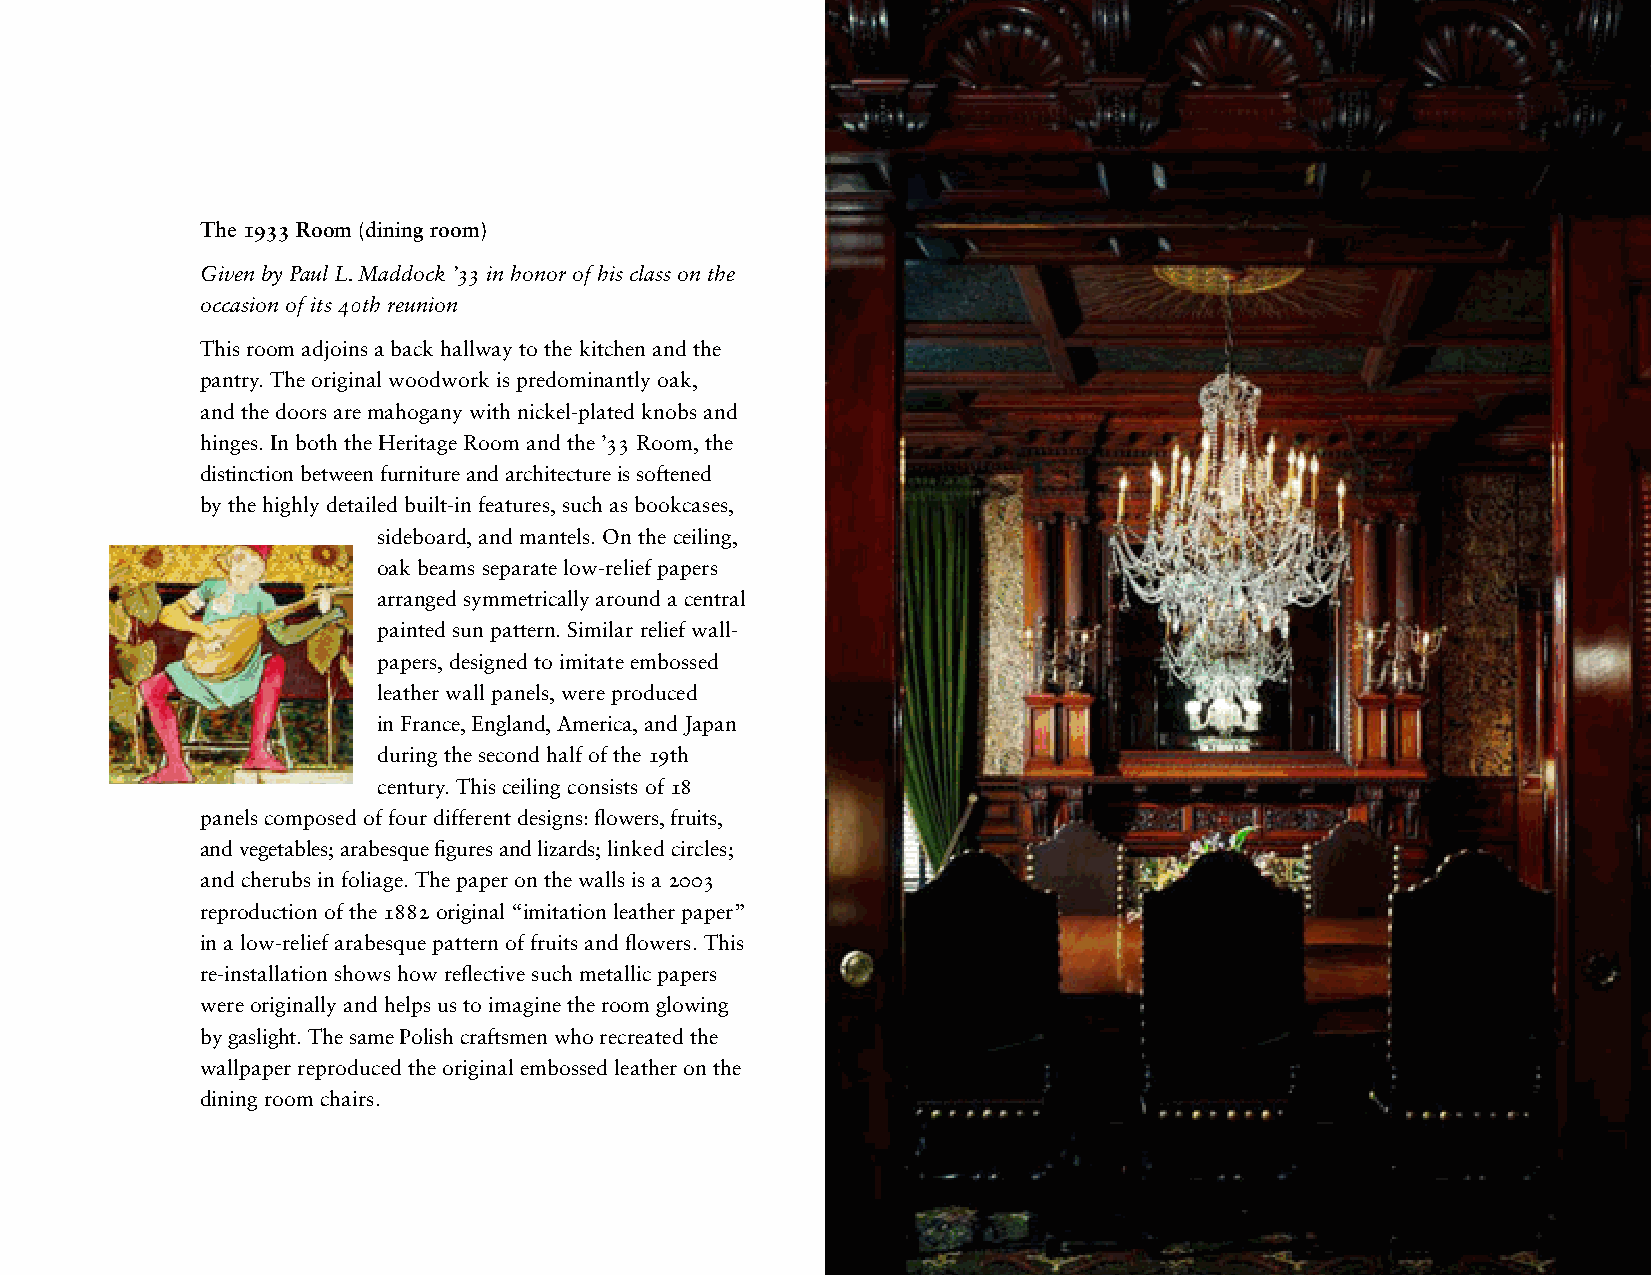
The 1933Room (dining room)
 Given by Paul L.Maddock ’33 in honor of his class on the
 occasion of its 40th reunion
 This room adjoins a back hallway to the kitchen and the
 pantry. The original woodwork is predominantly oak,
 and the doors are mahogany with nickel-plated knobs and
 hinges. In both the Heritage Room and the ’33Room, the
 distinction between furniture and architecture is softened
 by the highly detailed built-in features, such as bookcases,
 sideboard, and mantels. On the ceiling,
 oak beams separate low-relief papers
 arranged symmetrically around a central
 painted sun pattern. Similar relief wall-
 papers, designed to imitate embossed
 leather wall panels, were produced
 in France, England, America, and Japan
 during the second half of the 19th
 century. This ceiling consists of 18
 panels composed of four different designs: flowers, fruits,
 and vegetables; arabesque figures and lizards;linked circles;
 and cherubs in foliage. The paper on the walls is a 2003
 reproduction of the 1882original “imitationleather paper”
 in a low-relief arabesque pattern of fruits and flowers. This
 re-installation shows how reflective such metallic papers
 wereoriginally and helps us to imagine the room glowing
 by gaslight. The same Polish craftsmen who recreated the
 wallpaper reproduced the original embossed leather on the
 dining room chairs.